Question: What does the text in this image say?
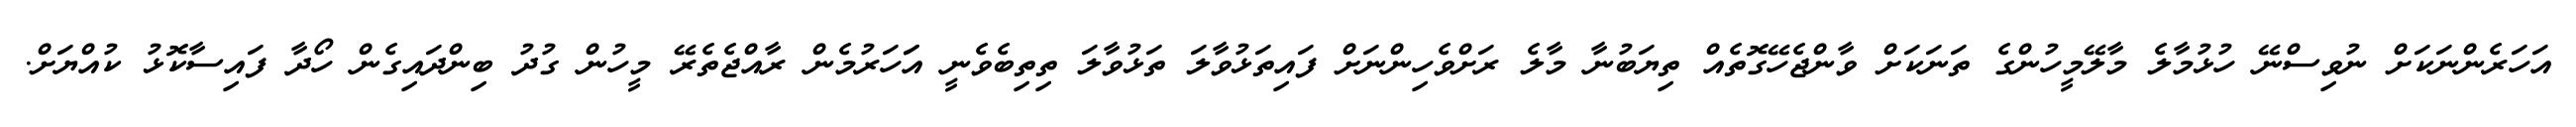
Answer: އަހަރެންނަކަށް ނުވިސްނޭ ހުޅުމާލެ މާލޭމީހުންގެ ތަނަކަށް ވާންޖެހޭގޮތެއް ތިޔަބުނާ މާލެ ރަށްވެހިންނަށް ފައިތަޅުވާލަ ތަޅުވާލަ ތިތިބެވެނީ އަަހަރުމެން ރާއްޖެތެރޭ މީހުން ގުދު ބިންދައިގެން ހޯދާ ފައިސާކޮޅު ކުއްޔަށް.